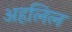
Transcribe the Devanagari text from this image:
अहलिल